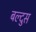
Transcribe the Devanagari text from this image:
बल्दुस